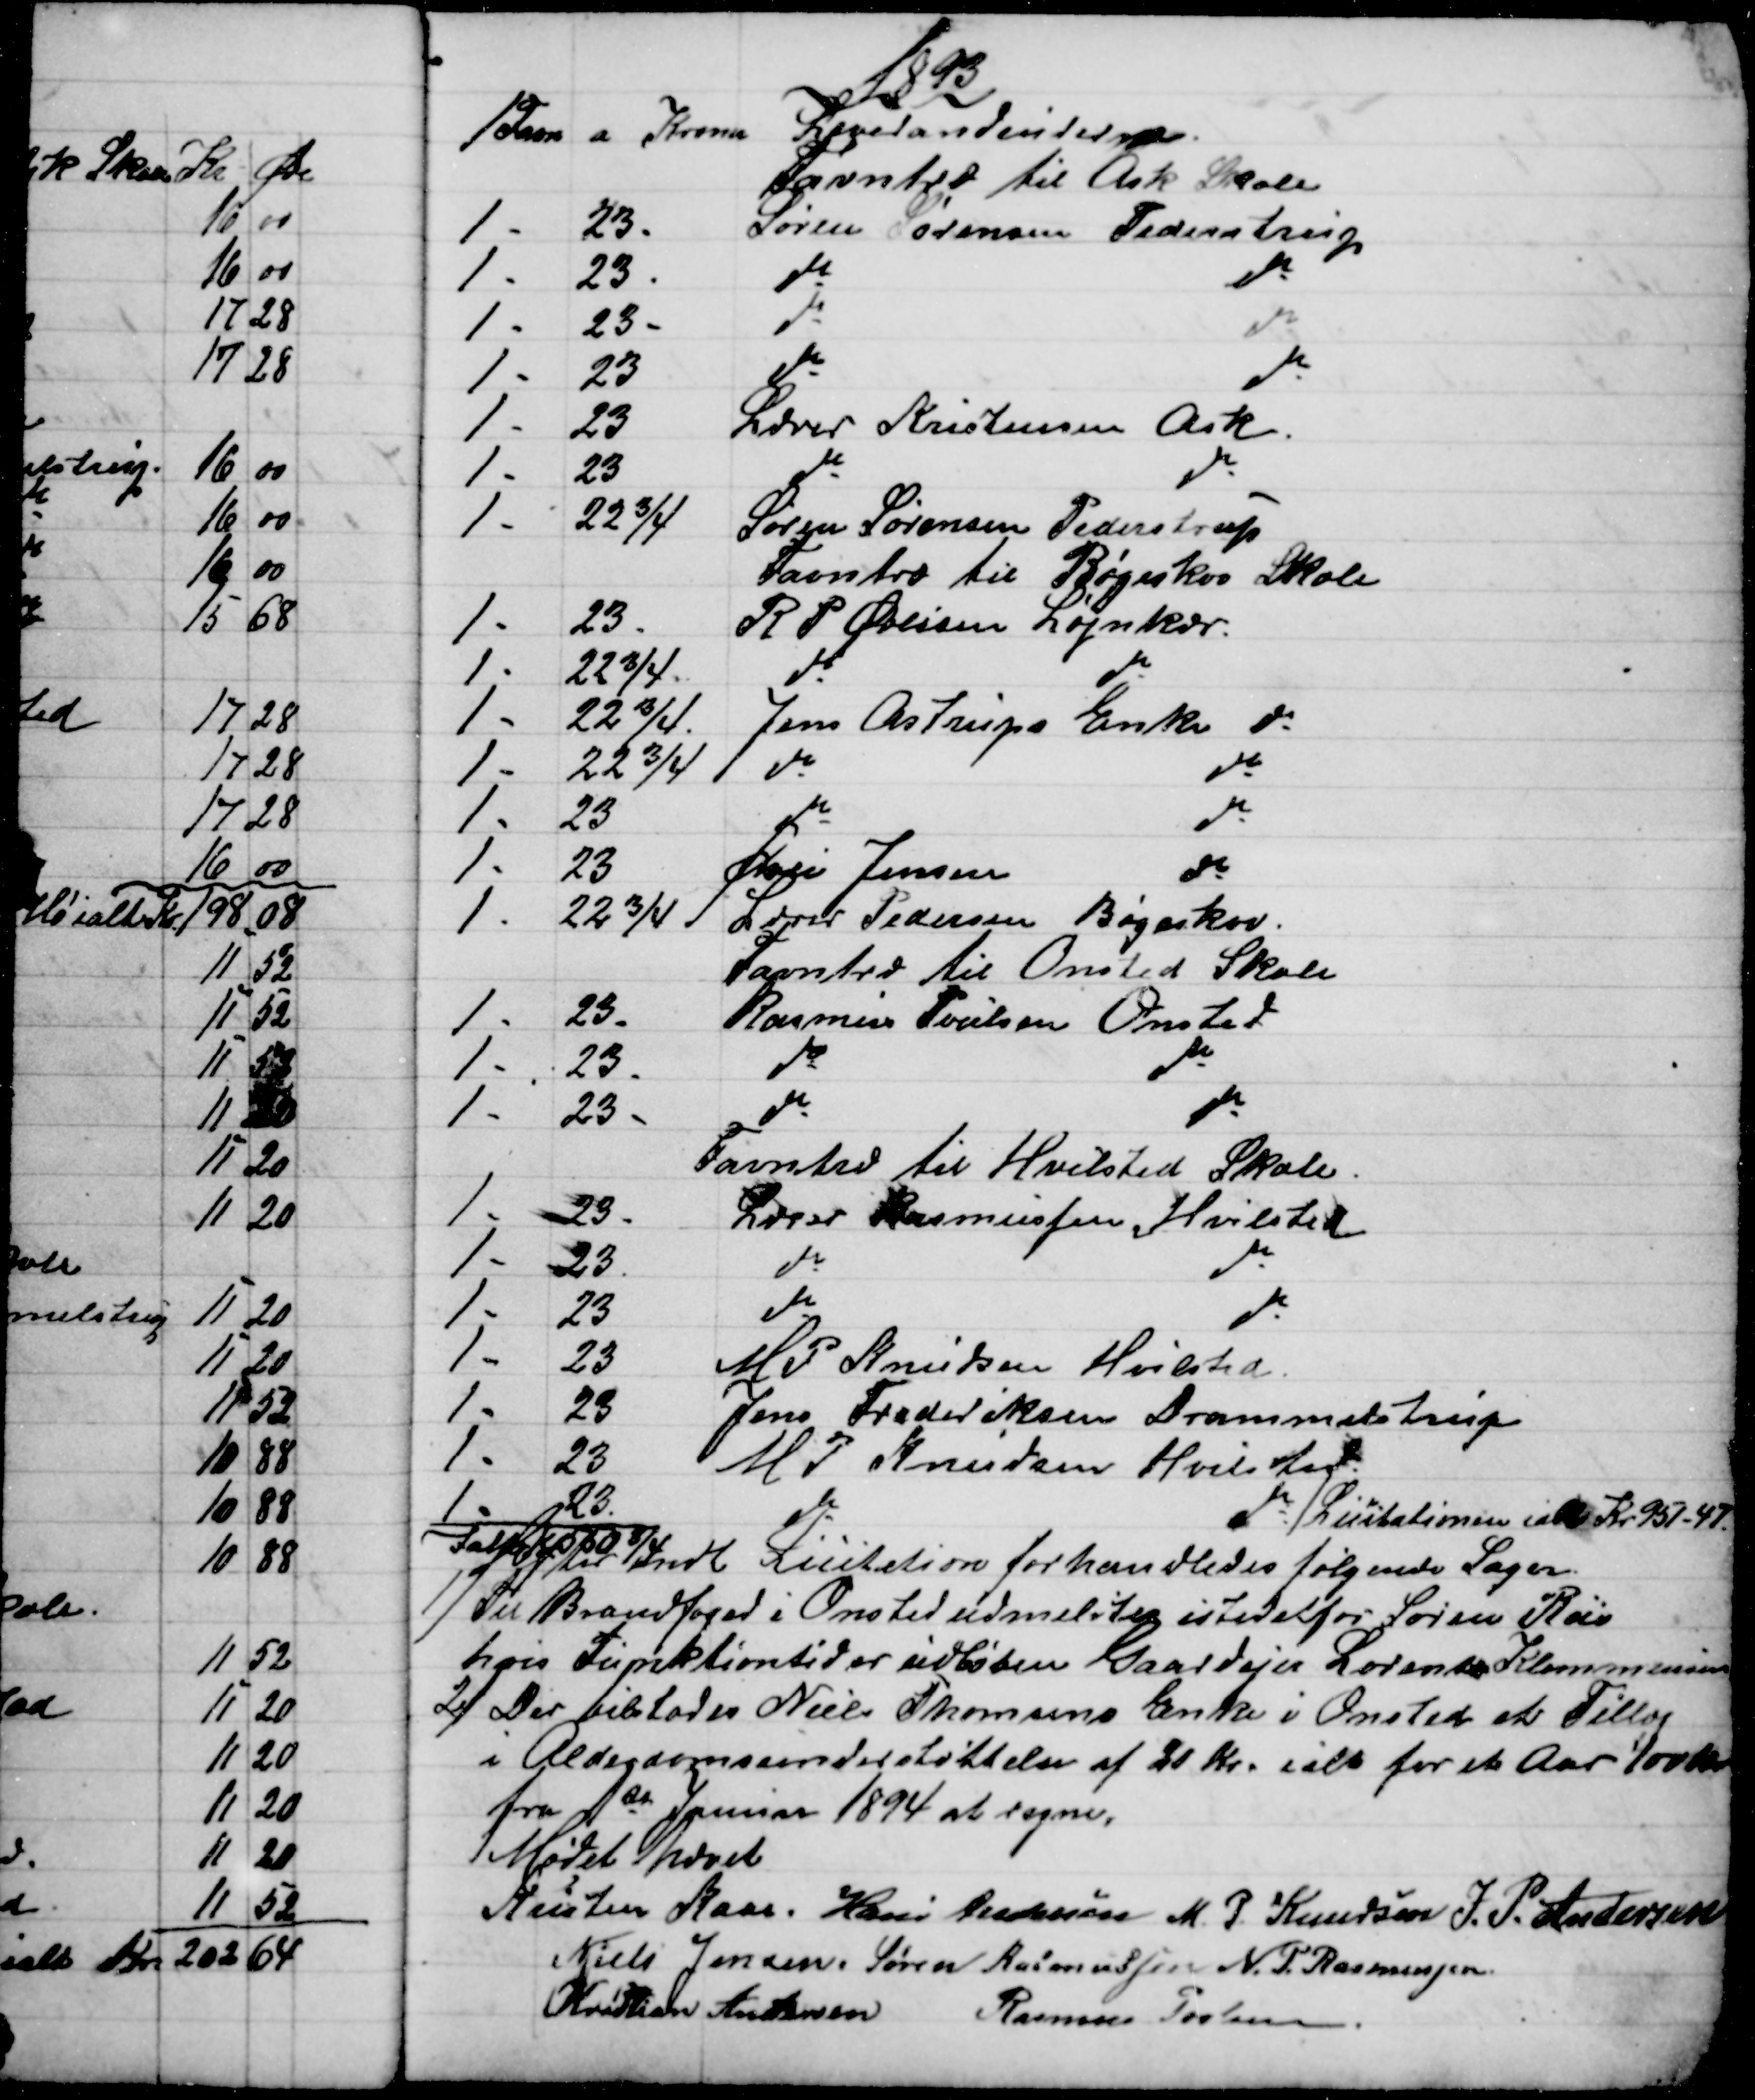
Transskription:
1893
1 Favn
a Kroner 
Leverandeurerne.
Favntræ til Ask Skole
1 -
23.
Søren Sørensen Pederstrup
1 -
23.
do 
do
1 -
23 -
do 
do
1 -
23
do
do
1 -
23
Lærer Kristensen Ask.
1 -
23
do 
do
1 -
22¾
Søren Sørensen Pederstrup
Favntræ til Bøgeskov Skole
1 -
23.
R P Øvlisen Løjnkær.
1 -
22¾.
do 
do
1 -
22¾.
Jens Astrups Enke do
1 -
22¾
do
do
1 -
23
do
do
1 -
23
Øvli Jensen
do
1 -
22¾
Lærer Pedersen Bøgeskov.
Favntræ til Onsted Skole
1 -
23.
Rasmus Poulsen Onsted
1 -
23.
do 
do
1 -
23 -
do
do
Favntræ til Hvilsted Skole.
1 -
23 -
Lærer Rasmussen Hvilsted
1 -
23
do
do
1 -
23
do
do
1 -
23
M P Knudsen Hvilsted.
1 -
23
Jens Frederiksen Drammelstrup
1 -
23
M P Knudsen Hvilsted
1 -
23.
do 
do
Licitationen ialt Kr 951-47
Ialt 550¾ 
Efter endt Licitation forhandledes følgende Sager.
1)
Til Brandfoged i Onsted udmeldtes istedetfor Søren Riis
hvis Funktionstid er udløben Gaardejer Lorentz Klemmensen
2)
Der tilstodes Niels Thomsens Enke i Onsted et Tillæg
i Alderdomsunderstøttelse af 20 kr. ialt for et Aar 100 Kr.
fra 1st Januar 1894 at regne.
Mødet hævet
Kristen Kaae. Hans Andersen M. P. Knudsen J. P. Andersen
Niels Jensen. Søren Rasmussen N. P. Rasmussen.
Kristian Andersen
Rasmus Povlsen